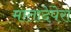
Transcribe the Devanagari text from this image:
मातादेपेरा